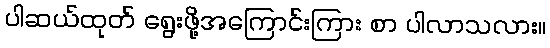
ပါဆယ်ထုတ် ရွေးဖို့အကြောင်းကြား စာ ပါလာသလား။